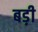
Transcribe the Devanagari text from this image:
बड़़ी